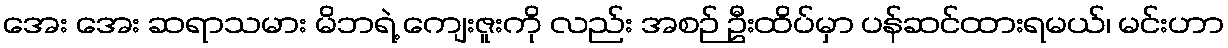
အေး အေး ဆရာသမား မိဘရဲ့ ကျေးဇူးကို လည်း အစဉ် ဦးထိပ်မှာ ပန်ဆင်ထားရမယ်၊ မင်းဟာ